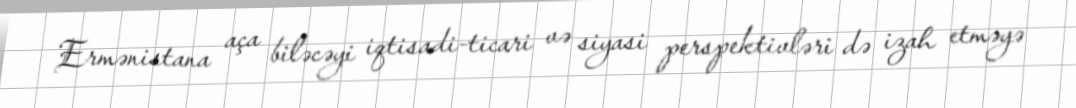
Ermənistana aça biləcəyi iqtisadi-ticari və siyasi perspektivləri də izah etməyə